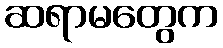
ဆရာမတွေက